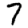
Digit: 7